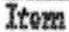
ITEM